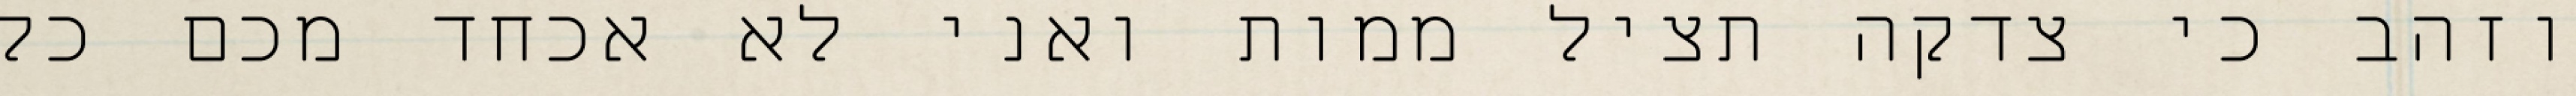
וזהב כי צדקה תציל ממות ואני לא אכחד מכם כל